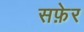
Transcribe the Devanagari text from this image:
सफ़ेर